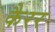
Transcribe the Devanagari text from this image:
कैरर